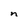
Character: m